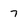
Character: 7